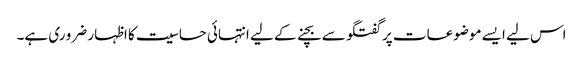
اس لیے ایسے موضوعات پر گفتگو سے بچنے کے لیے انتہائی حساسیت کا اظہار ضرو ری ہے۔